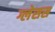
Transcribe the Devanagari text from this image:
ग्लेसस